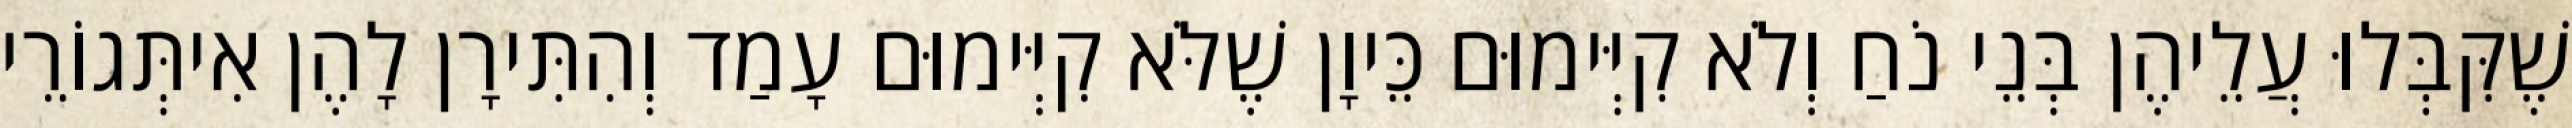
שֶׁקִּבְּלוּ עֲלֵיהֶן בְּנֵי נֹחַ וְלֹא קִיְּימוּם כֵּיוָן שֶׁלֹּא קִיְּימוּם עָמַד וְהִתִּירָן לָהֶן אִיתְּגוֹרֵי